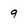
Character: 9